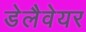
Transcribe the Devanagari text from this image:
डेलैवेयर